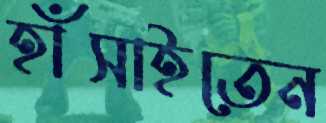
হাঁসাইতেন